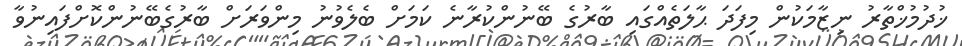
ޚުދުމުޚްތާރު ނިޒާމަކުން މިފަދަ ޙާލަތެއްގައި ބާރުގެ ބޭނުންކުރާނެ ކަމަށް ބެލެވުނު މިންވަރަށް ބާރުގެބޭނުންކޮށްފައިނުވާ